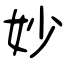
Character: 妙